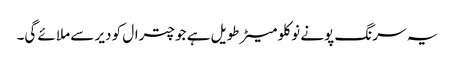
یہ سرنگ پونے نو کلو میٹر طویل ہے جو چترال کو دیر سے ملائے گی۔